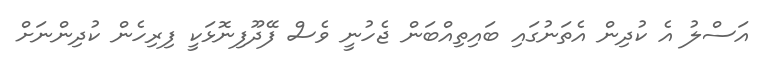
އަސްލު އެ ކުދިން އެތަނުގައި ބައިތިއްބަން ޖެހުނީ ވެސް ފޭދޫފިނޮޅަކީ ފިރިހެން ކުދިންނަށް